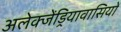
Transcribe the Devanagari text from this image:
अलेक्जेंड्रियावासियों